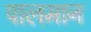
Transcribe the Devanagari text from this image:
पालमान